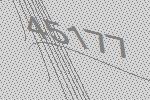
45177